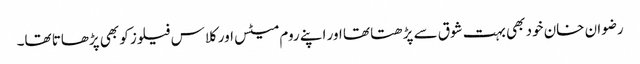
رضوان خان خود بھی بہت شوق سے پڑھتا تھا اور اپنے روم میٹس اور کلاس فیلوز کو بھی پڑھاتا تھا۔